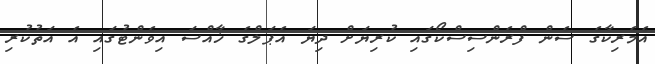
އެމެރިކާގެ ސެން ފްރެންސިސްކޯގައި ކުރިޔަށް ދިޔަ އެޕަލްގެ ޚާއްސަ އިވެންޓުގައި އެ އަތުކުރި